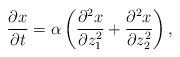
LaTeX: \begin{align*}\frac{ \partial x } {\partial t } = \alpha \left( \frac{\partial^2 x } {\partial z^2_1 } + \frac{\partial^2 x } {\partial z^2_2 } \right) , \end{align*}